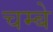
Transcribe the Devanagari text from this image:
चम्बे